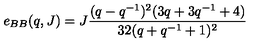
e _ { B B } ( q , J ) = J \frac { ( q - q ^ { - 1 } ) ^ { 2 } ( 3 q + 3 q ^ { - 1 } + 4 ) } { 3 2 ( q + q ^ { - 1 } + 1 ) ^ { 2 } }